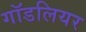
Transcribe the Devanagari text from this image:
गॉडलियर